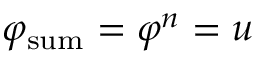
\varphi _ { \mathrm { s u m } } = \varphi ^ { n } = u